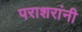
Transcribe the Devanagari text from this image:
पराशरांनी